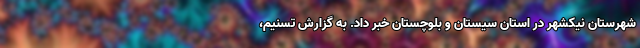
شهرستان نیکشهر در استان سیستان و بلوچستان خبر داد. به گزارش تسنیم،